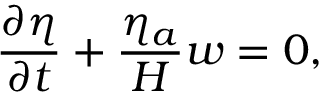
\frac { \partial \eta } { \partial t } + \frac { \eta _ { a } } { H } w = 0 ,